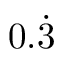
0 . { \dot { 3 } }